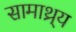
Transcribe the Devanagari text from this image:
सामाथ्र्य